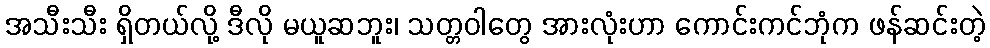
အသီးသီး ရှိတယ်လို့ ဒီလို မယူဆဘူး၊ သတ္တဝါတွေ အားလုံးဟာ ကောင်းကင်ဘုံက ဖန်ဆင်းတဲ့